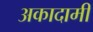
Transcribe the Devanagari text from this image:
अकादामी